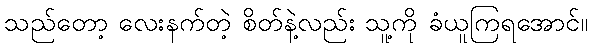
သည်တော့ လေးနက်တဲ့ စိတ်နဲ့လည်း သူ့ကို ခံယူကြရအောင်။